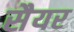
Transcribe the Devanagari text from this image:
सैयर